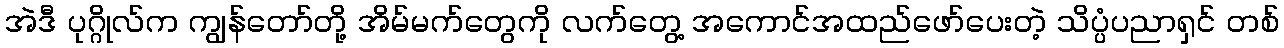
အဲဒီ ပုဂ္ဂိုလ်က ကျွန်တော်တို့ အိမ်မက်တွေကို လက်တွေ့ အကောင်အထည်ဖော်ပေးတဲ့ သိပ္ပံပညာရှင် တစ်